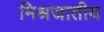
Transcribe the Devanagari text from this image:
मिश्रजातीय